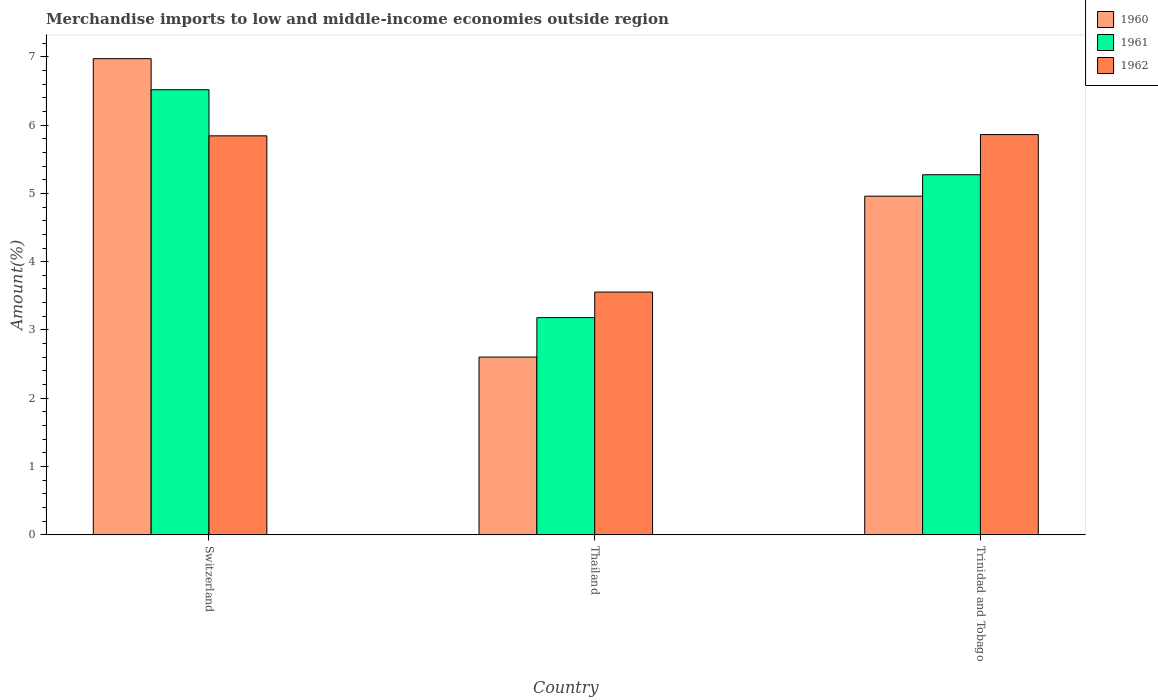
| Country | 1960 | 1961 | 1962 |
 | --- | --- | --- | --- |
 | Switzerland | 6.97 | 6.52 | 5.84 |
 | Thailand | 2.6 | 3.18 | 3.55 |
 | Trinidad and Tobago | 4.96 | 5.27 | 5.86 |